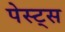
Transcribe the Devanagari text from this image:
पेस्ट्स